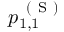
p _ { 1 , 1 } ^ { \mathrm { ~ ( ~ S ~ ) ~ } }